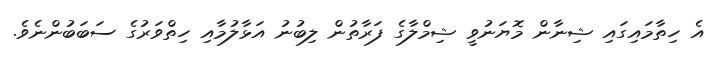
އެ ހިތާމައިގައި ޝިނާން މޮޔަނުވީ ޝިމްލާގެ ފަރާތުން ލިބުނު އަޅާލުމާއި ހިތްވަރުގެ ސަބަބުންނެވެ.